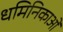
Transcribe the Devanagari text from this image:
धमिनिकाओं